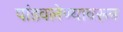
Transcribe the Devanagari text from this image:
पांडवलेण्यावरून